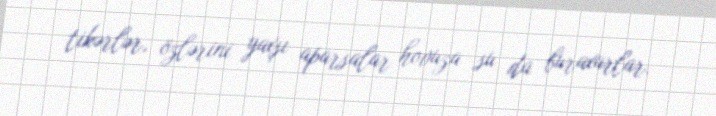
tikərlər, özlərini yaxşı aparsalar hovuza su da buraxarlar.